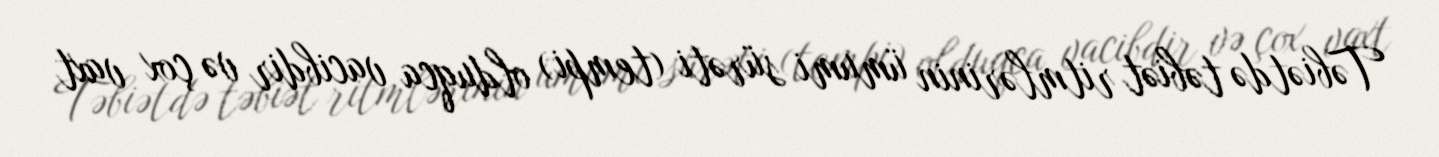
Təbiətdə təbiət ritmlərinin ümumi sürəti (tempi) olduqca vacibdir və çox vaxt